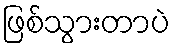
ဖြစ်သွားတာပဲ